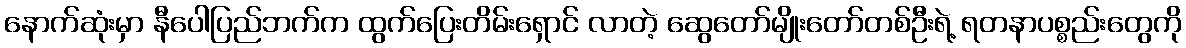
နောက်ဆုံးမှာ နီပေါပြည်ဘက်က ထွက်ပြေးတိမ်းရှောင် လာတဲ့ ဆွေတော်မျိုးတော်တစ်ဦးရဲ့ ရတနာပစ္စည်းတွေကို